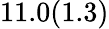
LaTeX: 11.0(1.3)